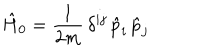
LaTeX: \hat { H } _ { 0 } = \frac { 1 } { 2 m } \, \delta ^ { i j } \, \hat { p } _ { i } \, \hat { p } _ { j }